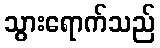
သွားရောက်သည်